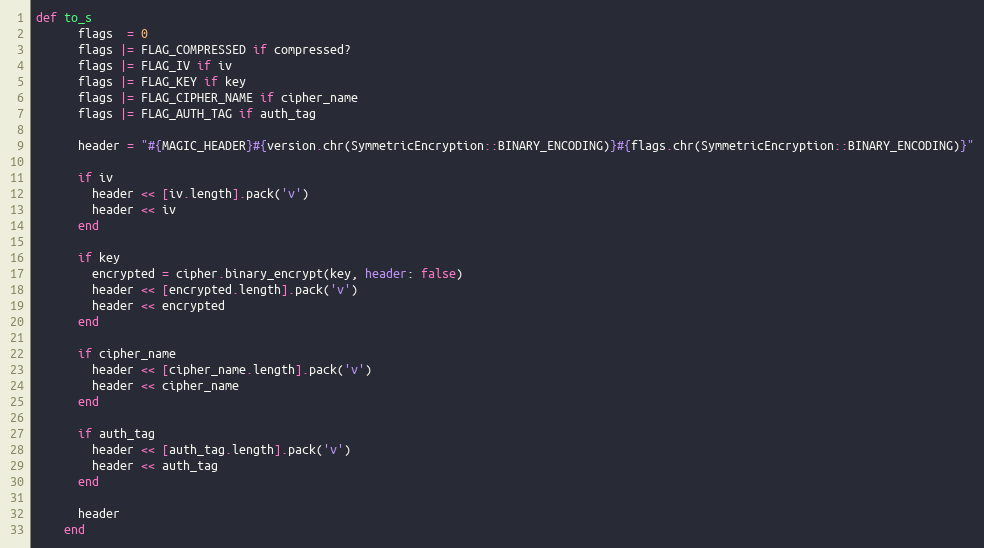
Language: Ruby
def to_s
      flags  = 0
      flags |= FLAG_COMPRESSED if compressed?
      flags |= FLAG_IV if iv
      flags |= FLAG_KEY if key
      flags |= FLAG_CIPHER_NAME if cipher_name
      flags |= FLAG_AUTH_TAG if auth_tag

      header = "#{MAGIC_HEADER}#{version.chr(SymmetricEncryption::BINARY_ENCODING)}#{flags.chr(SymmetricEncryption::BINARY_ENCODING)}"

      if iv
        header << [iv.length].pack('v')
        header << iv
      end

      if key
        encrypted = cipher.binary_encrypt(key, header: false)
        header << [encrypted.length].pack('v')
        header << encrypted
      end

      if cipher_name
        header << [cipher_name.length].pack('v')
        header << cipher_name
      end

      if auth_tag
        header << [auth_tag.length].pack('v')
        header << auth_tag
      end

      header
    end